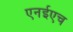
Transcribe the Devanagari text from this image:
एनईएच